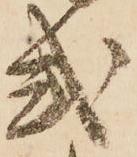
式